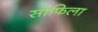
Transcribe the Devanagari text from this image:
सोफिला